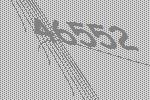
46552